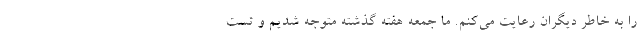
را به خاطر دیگران رعایت می‌کنم. ما جمعه هفته گذشته متوجه شدیم و تست